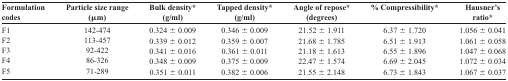
| Formulation codes | Particle size range (μm) | Bulk density* (g/ml) | Tapped density* (g/ml) | Angle of repose* (degrees) | % Compressibility* | Hausner’s ratio* |
 | --- | --- | --- | --- | --- | --- | --- |
 | F1 | 142-474 | 0.324 ± 0.009 | 0.346 ± 0.009 | 21.52 ± 1.911 | 6.37 ± 1.720 | 1.056 ± 0.041 |
 | F2 | 113-457 | 0.339 ± 0.012 | 0.359 ± 0.007 | 21.68 ± 1.785 | 6.51 ± 1.913 | 1.061 ± 0.058 |
 | F3 | 92-422 | 0.341 ± 0.016 | 0.361 ± 0.011 | 21.18 ± 1.613 | 6.55 ± 1.896 | 1.047 ± 0.068 |
 | F4 | 86-326 | 0.348 ± 0.009 | 0.375 ± 0.009 | 22.47 ± 1.574 | 6.69 ± 2.045 | 1.072 ± 0.034 |
 | F5 | 71-289 | 0.351 ± 0.011 | 0.382 ± 0.006 | 21.55 ± 2.148 | 6.73 ± 1.843 | 1.067 ± 0.037 |